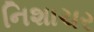
નિશાચર